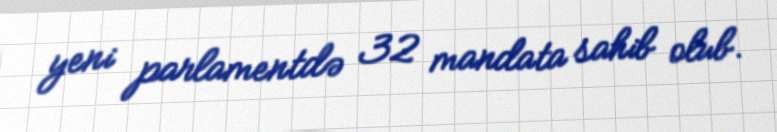
yeni parlamentdə 32 mandata sahib olub.